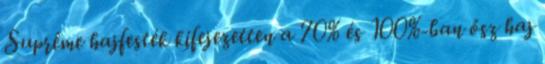
Suprême hajfesték kifejezetten a 70% és 100%-ban ősz haj